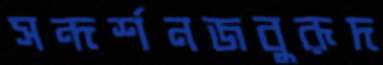
সন্দর্শনজবুরূদ